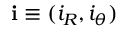
\mathbf { i } \equiv ( i _ { R } , i _ { \theta } )